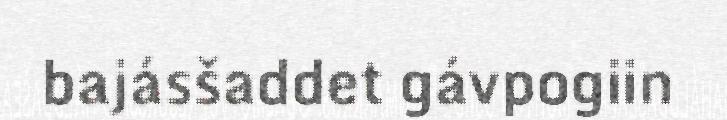
bajásšaddet gávpogiin